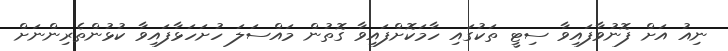
ނިއު އަށް ފޮނުވާފައިވާ ސިޓީ ތަކުގައި ހާމަކޮށްފައިވާ ގޮތުން މައްސަލަ ހުށަހަޅާފައިވާ ކުޅުންތެރިންނަށް